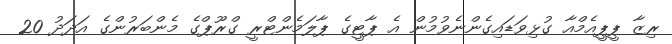
ރިޒާ ޕީޕީއެމްއާ ގުޅިވަޑައިގެންނެވުމުން އެ ޕާޓީގެ ޕާލަމެންޓްރީ ގްރޫޕްގެ މެންބަރުންގެ އަދަދު 20